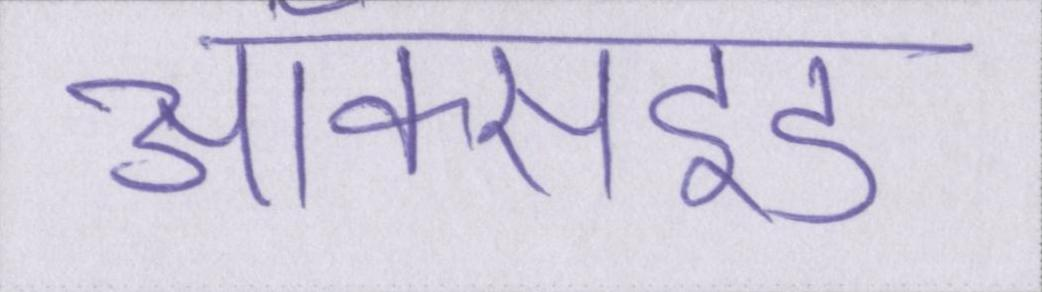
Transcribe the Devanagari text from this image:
ऑक्साइड